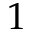
1